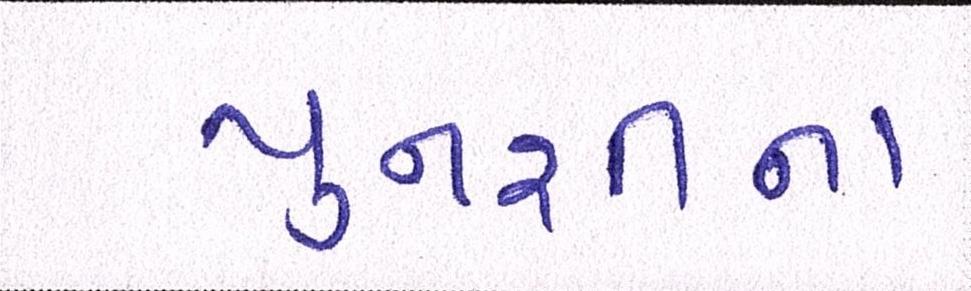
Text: પુનશીના